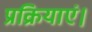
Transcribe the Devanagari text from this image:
प्रक्रियाएं।